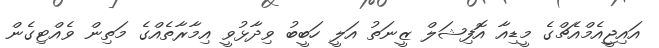
އައިޖީއެމްއެޗްގެ މީޑިއާ އޮފިޝަލް ޒީނަތު އަލީ ހަބީބު ވިދާޅުވީ އިމާރާތެއްގެ މަތިން ވެއްޓިގެން